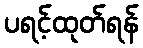
ပရင့်ထုတ်ရန်